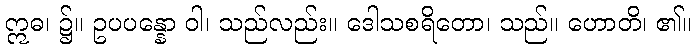
ဣဓ၊ ၌။ ဥပပန္နော ဝါ၊ သည်လည်း။ ဒေါသစရိတော၊ သည်။ ဟောတိ၊ ၏။